Mental hospitals Bombay report 1929-33 - 1929-1933
Year: 1929
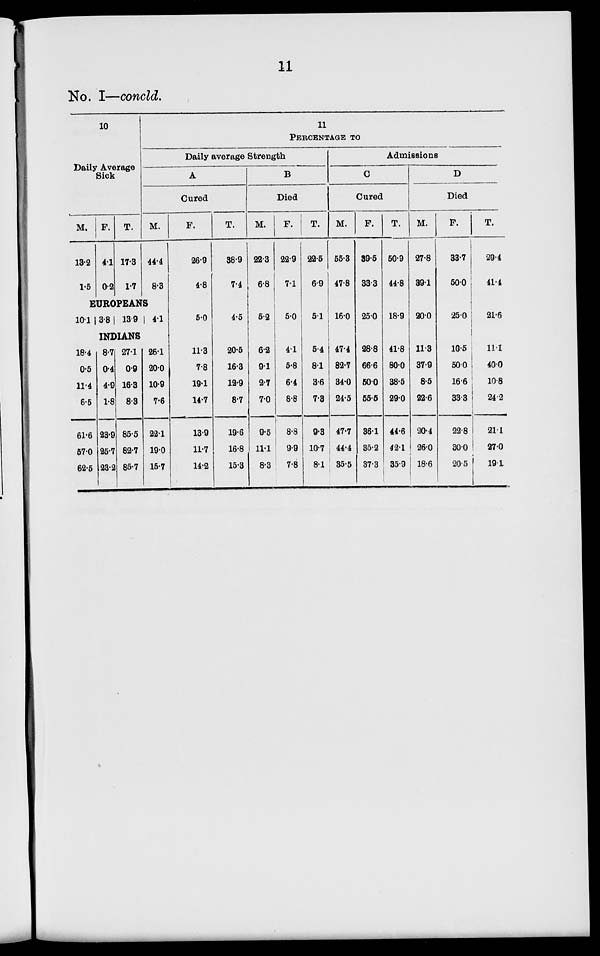
11
No. I—concld.
10
Daily Average
Sick
M.
13.2
1.5
F.
4.1
0.2
T.
17.3
1.7
11
PERCENTAGE TO
Daily average Strength
A
Cured
M.
44.4
8.3
EUROPEANS
10.1 3.8 13.9
4.1
INDIANS
18.4
0.5
11.4
6.5
61.6
57.0
62.5
8.7
0.4
4.9
1.8
23.9
25.7
23.2
27.1
0.9
16.3
8.3
85.5
82.7
85.7
26.1
20.0
10.9
7.6
22.1
19.0
15.7
F.
26.9
4.8
5.0
11.3
7.8
19.1
14.7
13.9
11.7
14.2
T.
38.9
7.4
4.5
20.5
16.3
12.9
8.7
19.6
16.8
15.3
B
Died
M.
22.3
6.8
5.2
6.2
9.1
2.7
7.0
9.5
11.1
8.3
F.
22.9
7.1
5.0
4.1
5.8
6.4
8.8
8.8
9.9
7.8
T.
22.5
6.9
5.1
5.4
8.1
3.6
7.3
9.3
10.7
8.1
Admissions
C
Cured
M.
55.3
47.8
16.0
47.4
82.7
34.0
24.5
47.7
44.4
35.5
F.
39.5
33.3
25.0
28.8
66.6
50.0
55.5
36.1
35.2
37.3
T.
50.9
44.8
18.9
41.8
80.0
38.5
29.0
44.6
42.1
35.9
D
Died
M.
27.8
39.1
20.0
11.3
37.9
8.5
22.6
20.4
26.0
18.6
F.
33.7
50.0
25.0
10.5
50.0
16.6
33.3
22.8
30.0
20.5
T.
29.4
41.4
21.6
11.1
40.0
10.8
24.2
21.1
27.0
19.1